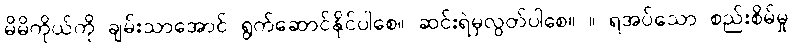
မိမိကိုယ်ကို ချမ်းသာအောင် ရွက်ဆောင်နိုင်ပါစေ။ ဆင်းရဲမှလွတ်ပါစေ။ ။ ရအပ်သော စည်းစိမ်မှု